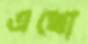
এখো